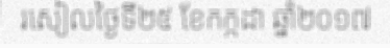
រសៀលថ្ងៃទី២៥ ខែកក្កដា ឆ្នាំ២០១៧